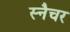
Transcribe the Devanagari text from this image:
स्नैचर